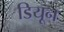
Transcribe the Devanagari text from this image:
डियून